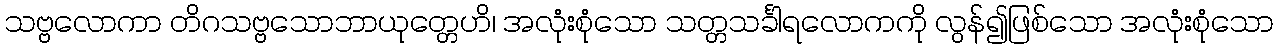
သဗ္ဗလောကာ တိဂသဗ္ဗသောဘာယုတ္တေဟိ၊ အလုံးစုံသော သတ္တသင်္ခါရလောကကို လွန်၍ဖြစ်သော အလုံးစုံသော